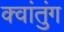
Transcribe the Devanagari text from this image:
क्वांतुंग